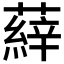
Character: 𮑝